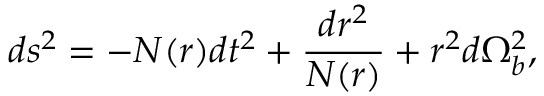
d s ^ { 2 } = - N ( r ) d t ^ { 2 } + \frac { d r ^ { 2 } } { N ( r ) } + r ^ { 2 } d \Omega _ { b } ^ { 2 } ,